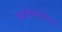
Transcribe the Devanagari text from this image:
मर्यादेबाहेरील